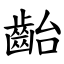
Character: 齝